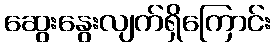
ဆွေးနွေးလျက်ရှိကြောင်း